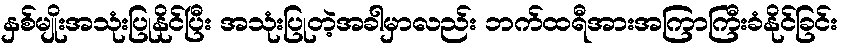
နှစ်မျိုးအသုံးပြုနိုင်ပြီး အသုံးပြုတဲ့အခါမှာလည်း ဘက်ထရီအားအကြာကြီးခံနိုင်ခြင်း